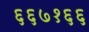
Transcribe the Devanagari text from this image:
६६७१६६